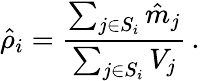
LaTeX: \hat{\rho}_{i}=\frac{\sum_{j\in S_{i}}\hat{m}_{j}}{\sum_{j\in S_{i}}V_{j}}\, .